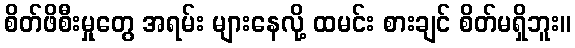
စိတ်ဖိစီးမှုတွေ အရမ်း များနေလို့ ထမင်း စားချင် စိတ်မရှိဘူး။